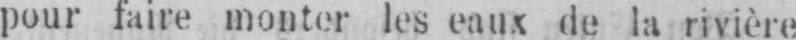
pour faire monter les eaux de la rivière